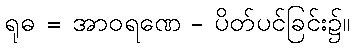
ရုဓ = အာဝရဏေ - ပိတ်ပင်ခြင်း၌။